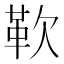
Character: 𩉢